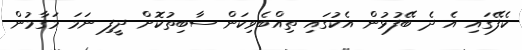
ކެފޭގައި އެ ދެ ބޭފުޅުން އެކުގައި ތިއްބެވިކަން ސާބިތުކޮށް ދީފި ނަމަ މަގާމުން